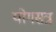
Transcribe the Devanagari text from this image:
योगसत्र